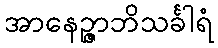
အာနေဉ္ဇာဘိသင်္ခါရံ